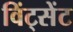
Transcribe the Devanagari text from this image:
विंट्सेंट